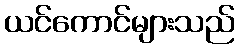
ယင်ကောင်များသည်